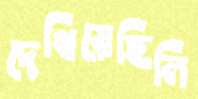
দেখিয়েছিলি